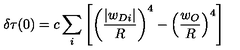
\delta \tau ( 0 ) = c \sum _ { i } \left[ \left( \frac { | w _ { D i } | } { R } \right) ^ { 4 } - \left( \frac { w _ { O } } { R } \right) ^ { 4 } \right]